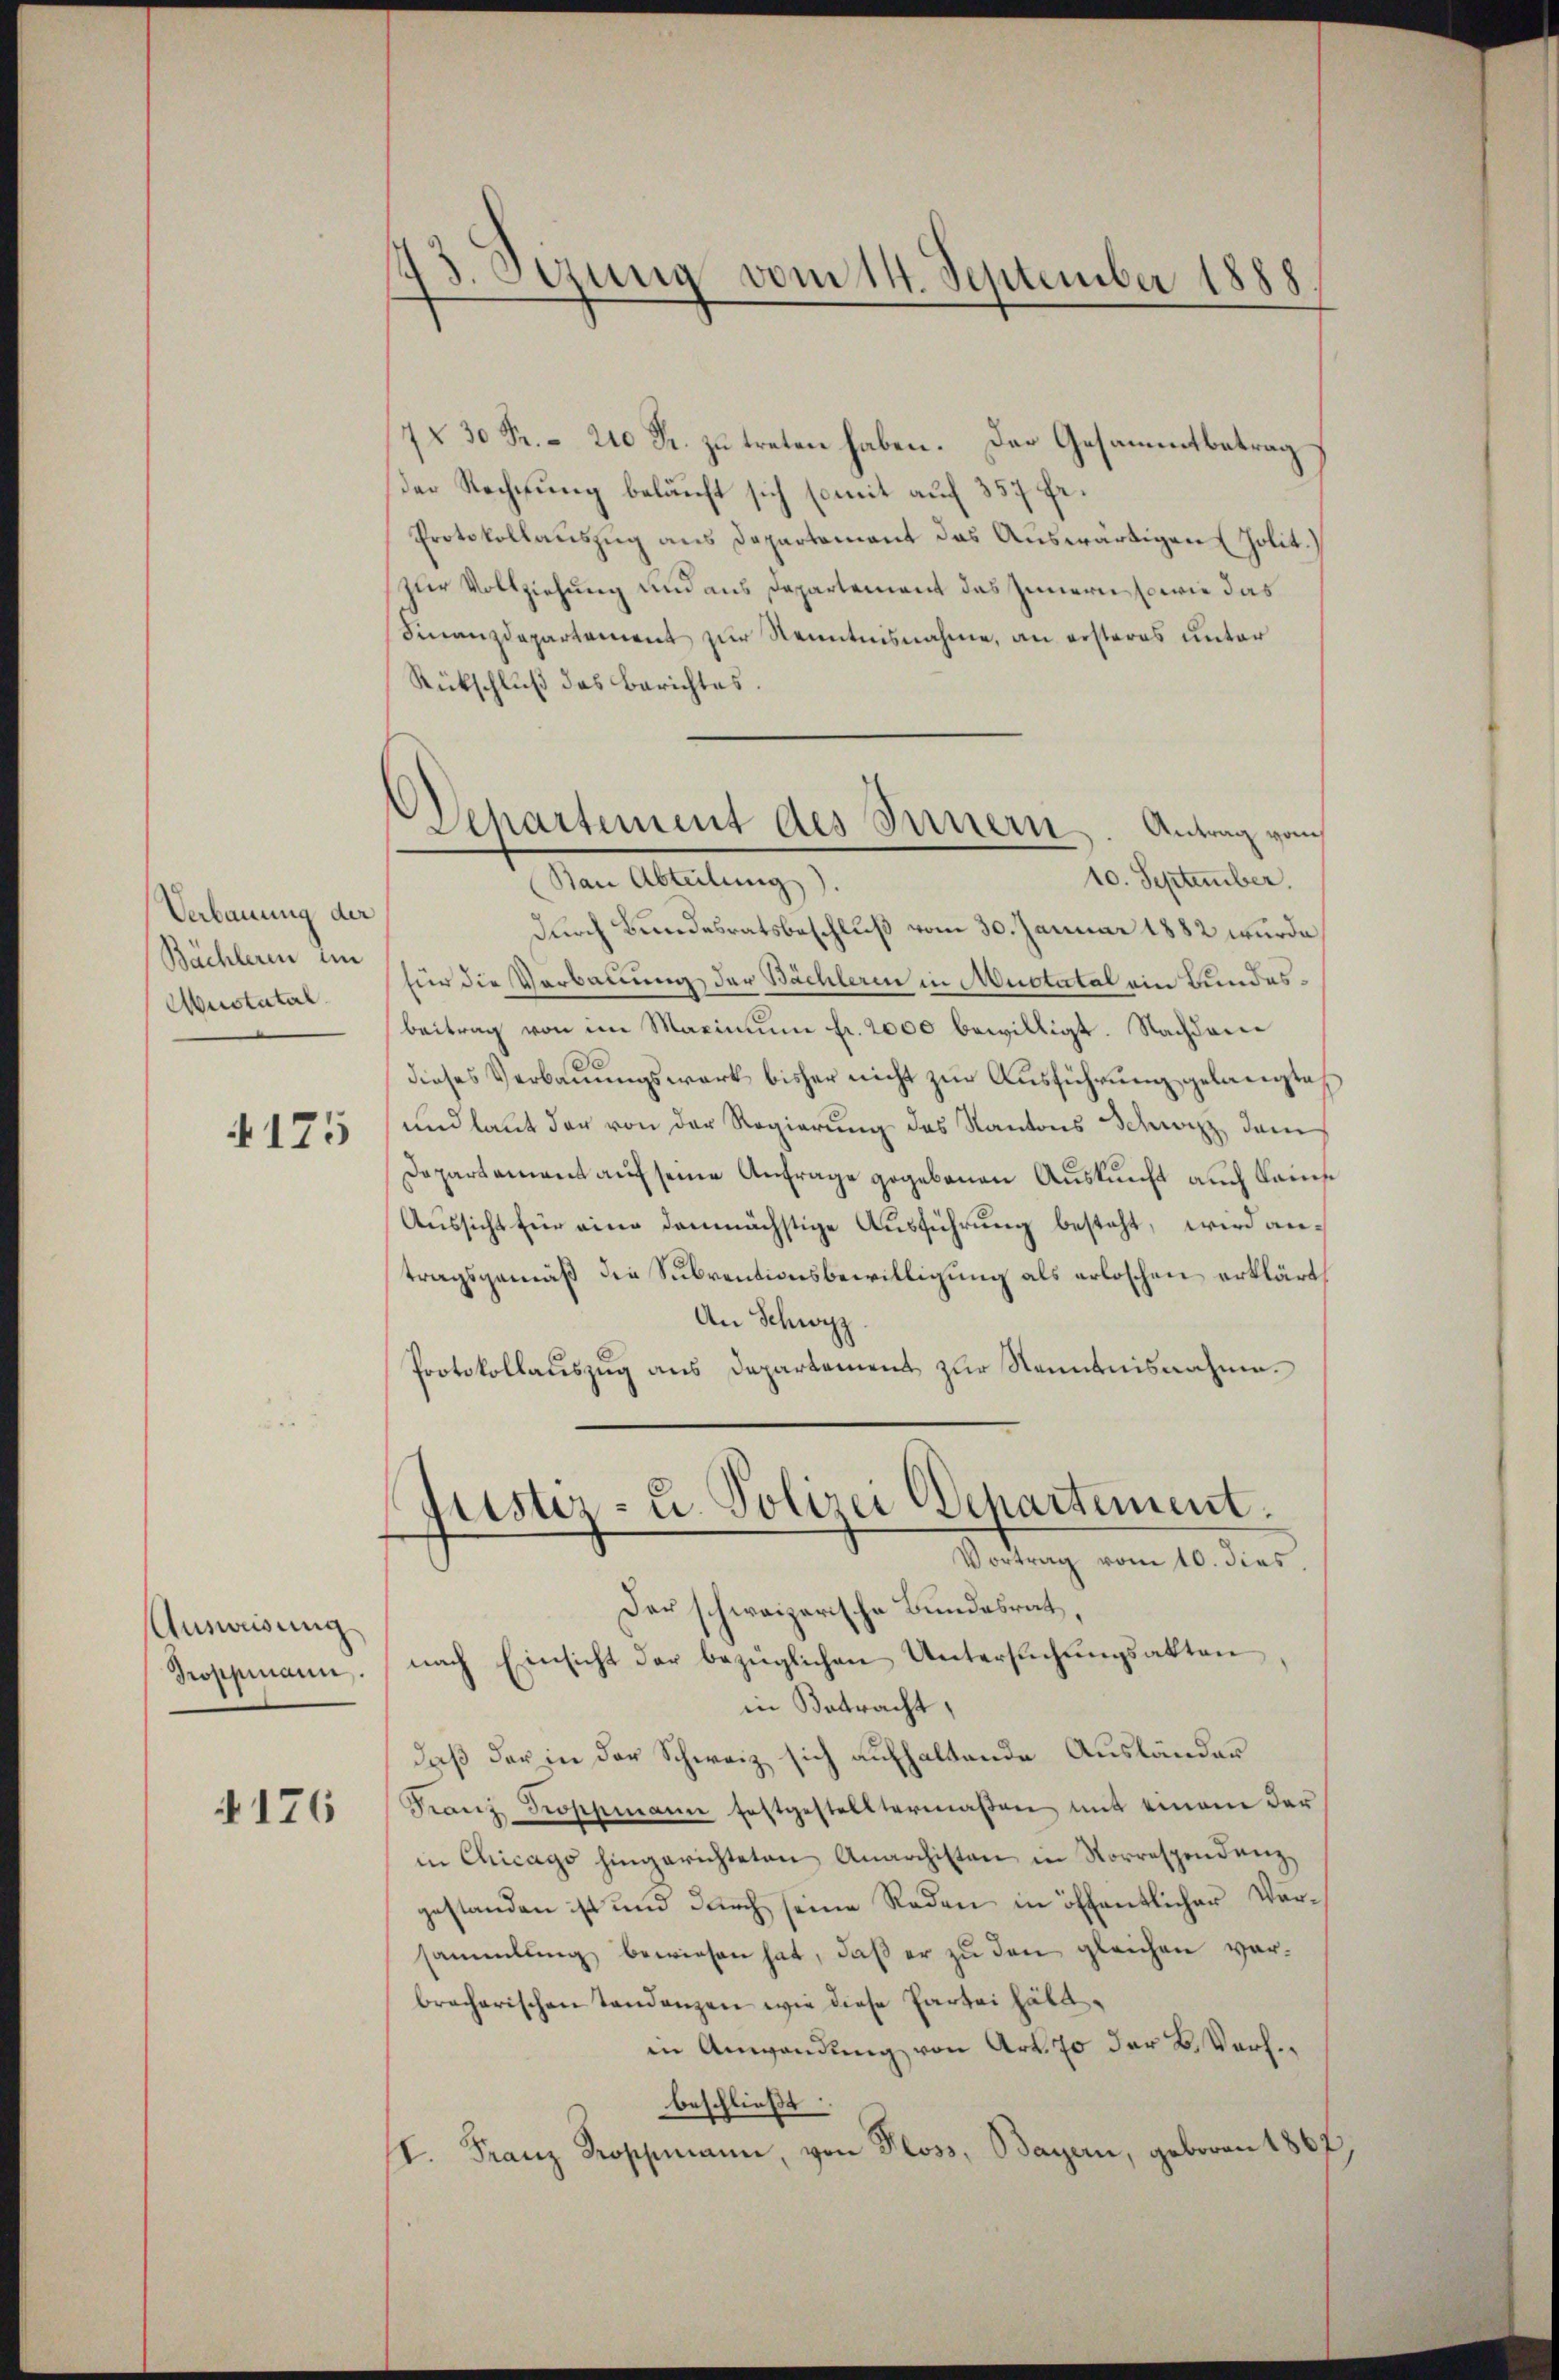
Verbauung der
Bächleren im
Austatal

175

Ausweisung
Proppmann.

4176

13. Stung vom 14. September 1888.

Departement des Innern. Antrag vom
(Ban Abteilung).

7 § 30 Fr. 210 Fr. zu treten haben. Der Gesammtbetrag
ser Rechnung belauft sich somit auf 357 fr.
Protokollauszug aus Departement das Auswärtigen Polit.
zur Vollziehung und aus Departement des Innern, sowie das
Finanzdepartement zur Kenntnisnahme, an ersteres unter
Rückschluß das Berichtes.
10. September.
durch Bundesratsbeschluß vom 30. Januar 1882 wurde
für die Verbauung der Bächlerin in Muotatal ein Bundesbeitrag von im Maximum fr. 2000 bewilligt. Nachdem
dieses Verbauungswerk bisher nicht zur Ausführung gelangte
und laut der von der Regierung des Kantons Schwyz, dem
Departement auf seine Anfrage gegebenen Auskunft auch kams
Aussicht für eine demnächstige Ausführung besteht, wird antragsgemäß die Subventionsbewilligung als erloschen erklärt,
An Schwyz
Protokollauszug aus Departement zur Kenntnisnahme.
Justiz- u. Polizei Departement.
Vortrag vom 10. dies
Der schweizerische Bundesrat,
nach Einsicht der bezüglichen Untersŭchŭngsakten,
in Betracht,
daß der in der Schweiz sich aufhaltende Ausländer
Franz Koppmann festgestelltermaβen mit einem der
in Chicago hingerichteten Anarchisten in Vorrespendenz,
gestanden ist und durch seine Reden in öffentlicher Vorsammlung bewiesen hat, daß er zu den gleichen vorbracherischen Tandenzen wie diese Partei hältin Anwendung von Art. 70 der B. Verh
beschließt:
I. Franz Troppmann, von Ploss, Bayern, geboren 1862